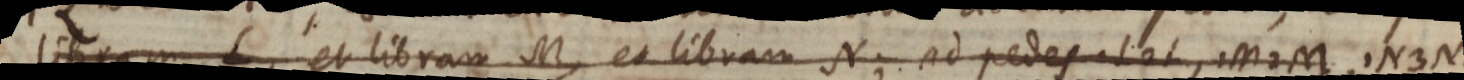
L, et libram M, et libram N; ad pedes L L, M M, N